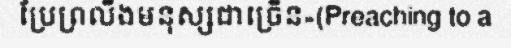
ប្រែព្រលឹងមនុស្សជាច្រើន»(Preaching to a